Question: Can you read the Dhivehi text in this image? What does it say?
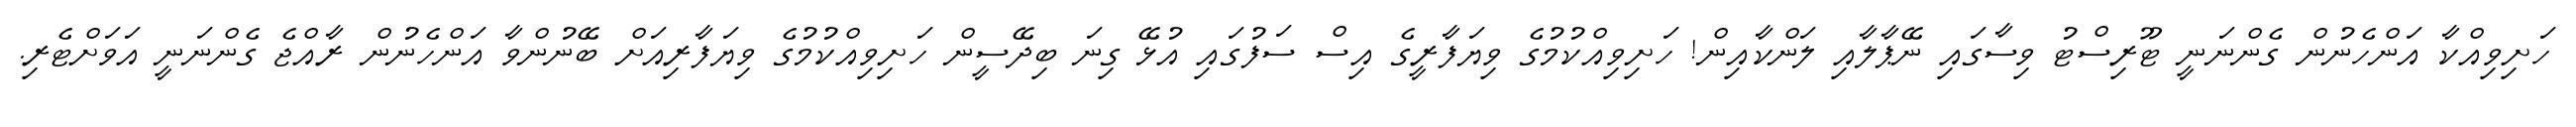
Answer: ހަށިވިއްކާ އަންހެނުން ގެންނަނީ ޓޫރިސްޓު ވިސާގައި ނޭޕާލާއި ލަންކާއިން! ހަށިވިއްކުމުގެ ވިޔަފާރީގެ އިސް ސަފުގައި އުޅޭ ގިނަ ބިދޭސީން ހަށިވިއްކުމުގެ ވިޔަފާރިއަށް ބޭނުންވާ އަންހެނުން ރާއްޖެ ގެންނަނީ އަވަށްޓެރި.